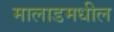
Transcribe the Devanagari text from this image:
मालाडमधील